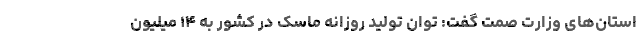
استان‌های وزارت صمت گفت: توان تولید روزانه ماسک در کشور به ۱۴ میلیون